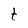
Character: t